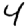
Digit: 4